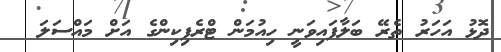
ދޮޅު އަހަރު ތެރޭ ބަލާފައިވަނީ ހިއުމަން ޓްރެފިކިންގެ އަށް މައްސަލަ